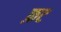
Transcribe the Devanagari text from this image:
फ़ट